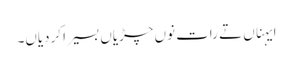
ایہناں تے رات نوں چڑیاں بسیرا کردیاں۔